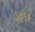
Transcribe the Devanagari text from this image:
३७६१